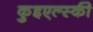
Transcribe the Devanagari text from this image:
कुइएल्स्की